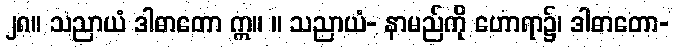
၂၈။ သညာယံ ဒါဓာတော ဣ။ ။ သညာယံ- နာမည်ကို ဟောရာ၌၊ ဒါဓာတော-